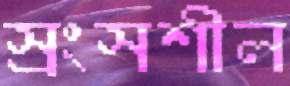
স্রংসশীল